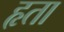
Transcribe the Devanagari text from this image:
हृता